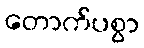
တောက်ပစွာ